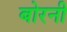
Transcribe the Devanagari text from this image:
बोरनी